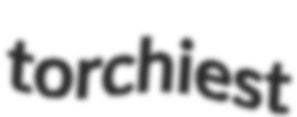
torchiest